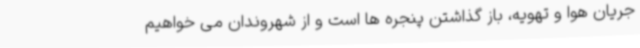
جریان هوا و تهویه، باز گذاشتن پنجره ها است و از شهروندان می خواهیم